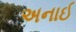
અનાઈ